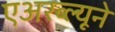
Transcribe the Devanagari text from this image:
एअरब्ल्यूने